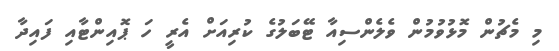
މި މެޗުން މޮޅުވުމުން ވެލެންސިއާ ޓޭބަލުގެ ކުރިއަށް އެރީ ހަ ޕޮއިންޓާއި ފައިދާ